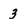
Character: 3